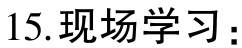
15. 现场学习：